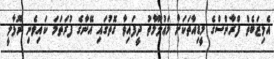
އެލިޒަބެތް ފްރާންސްގެ މީޑިއާތަކަށް މަޢުލޫމާތު ދީފައިވާ ގޮތުގައި އޭނާގެ ފުރަތަމަ ކައިވެނި ރޫޅާލީ